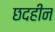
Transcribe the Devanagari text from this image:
छदहीन